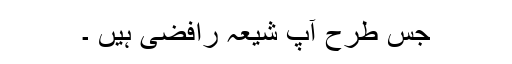
جس طرح آپ شیعہ رافضی ہیں ۔